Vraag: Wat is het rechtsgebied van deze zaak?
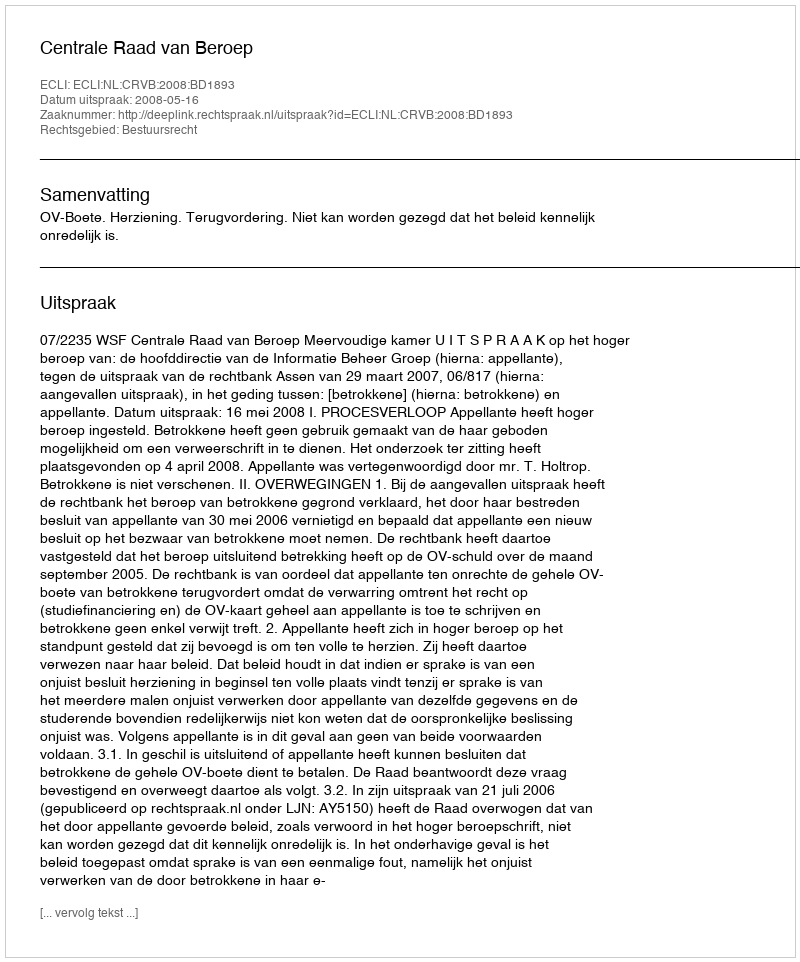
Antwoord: Bestuursrecht